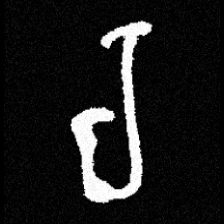
Pyu character \u2014 Myanmar letter: ရ (romanized: ra)